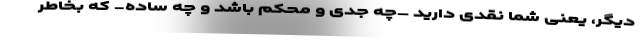
دیگر، یعنی شما نقدی دارید –چه جدی و محکم باشد و چه ساده- که بخاطر